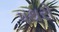
પથરો